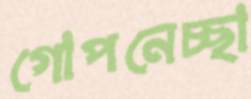
গোপনেচ্ছা